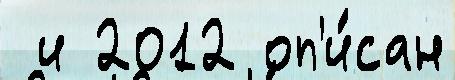
 и 2012 оп'и́сан